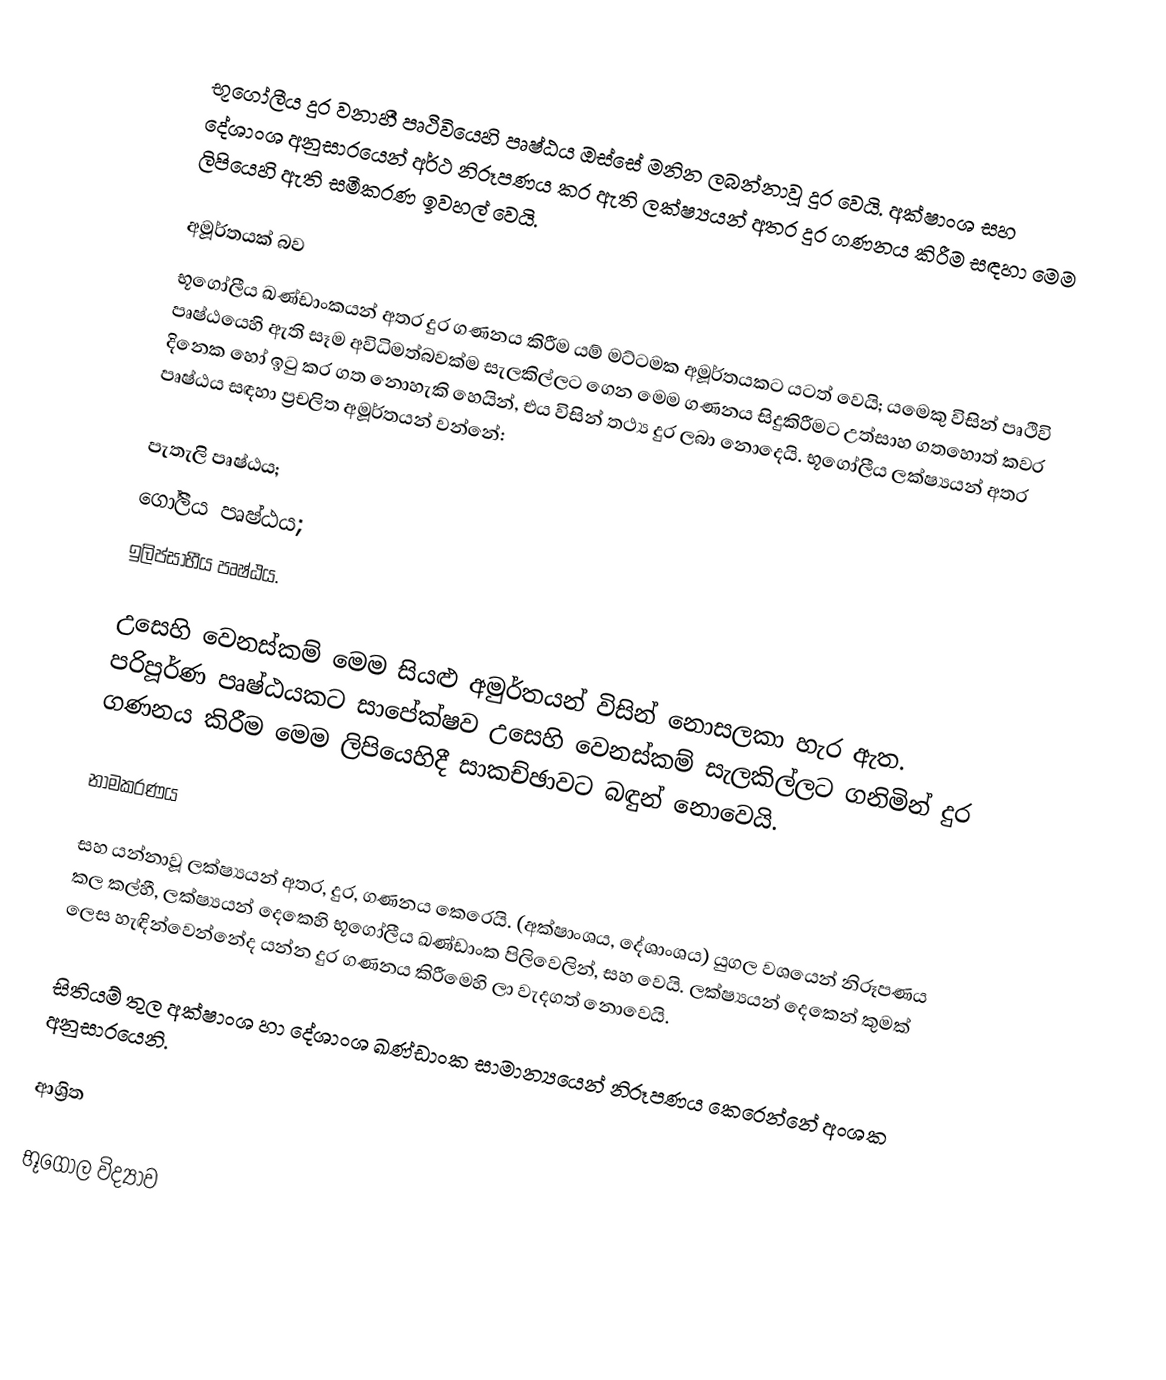
භූගෝලීය දුර වනාහී පෘථිවියෙහි පෘෂ්ඨය ඔස්සේ මනින ලබන්නාවූ දුර වෙයි. අක්ෂාංශ සහ දේශාංශ අනුසාරයෙන් අර්ථ නිරූපණය කර ඇති ලක්ෂ්‍යයන් අතර දුර ගණනය කිරීම සඳහා මෙම ලිපියෙහි ඇති සමීකරණ ඉවහල් වෙයි.

අමූර්තයක් බව
භූගෝලීය ඛණ්ඩාංකයන් අතර දුර ගණනය කිරීම යම් මට්ටමක අමූර්තයකට යටත් වෙයි; යමෙකු විසින් පෘථිවි පෘෂ්ඨයෙහි ඇති සෑම අවිධිමත්බවක්ම සැලකිල්ලට ගෙන මෙම ගණනය සිදුකිරීමට උත්සාහ ගතහොත් කවර දිනෙක හෝ ඉටු කර ගත නොහැකි හෙයින්, එය විසින් තථ්‍ය දුර ලබා නොදෙයි. භූගෝලීය ලක්ෂ්‍යයන් අතර පෘෂ්ඨය සඳහා ප්‍රචලිත අමූර්තයන් වන්නේ:

පැතැලි පෘෂ්ඨය;
ගෝලීය පෘෂ්ඨය;
ඉලිප්සාභීය පෘෂ්ඨය.

උසෙහි වෙනස්කම් මෙම සියළු අමුර්තයන් විසින් නොසලකා හැර ඇත. පරිපූර්ණ පෘෂ්ඨයකට සාපේක්ෂව උසෙහි වෙනස්කම් සැලකිල්ලට ගනිමින් දුර ගණනය කිරීම මෙම ලිපියෙහිදී සාකච්ඡාවට බඳුන් නොවෙයි.

නාමකරණය

 සහ   යන්නාවූ ලක්ෂ්‍යයන් අතර,  දුර,  ගණනය කෙරෙයි. (අක්ෂාංශය, දේශාංශය) යුගල වශයෙන් නිරූපණය කල කල්හී, ලක්ෂ්‍යයන් දෙකෙහි භූගෝලීය ඛණ්ඩාංක පිලිවෙලින්,  සහ  වෙයි. ලක්ෂ්‍යයන් දෙකෙන් කුමක්   ලෙස හැඳින්වෙන්නේද යන්න  දුර ගණනය කිරීමෙහි ලා වැදගත් නොවෙයි.

සිතියම් තුල අක්ෂාංශ හා දේශාංශ ඛණ්ඩාංක සාමාන්‍යයෙන් නිරූපණය කෙරෙන්නේ  අංශක අනුසාරයෙනි.

ආශ්‍රිත

භූගෝල විද්‍යාව